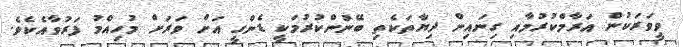
ވީވަރަކުން އަރާމްކުރުމާއި ގިނައިން ދިޔާތަކެތި ބޭނުންކުރުމަކީ ޑެންގީ އަށް ވަރަށް މުހިއްމު ފަރުވާއެކެވެ.